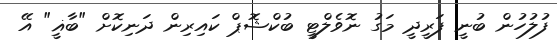
ފުލުހުން ބުނީ ފަރީދީ މަގު ނޮވެލްޓީ ބުކްޝޮޕް ކައިރިން ދަނިކޮށް "ބާޣީ" އޭ